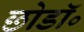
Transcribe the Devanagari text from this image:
छोडॉ॰